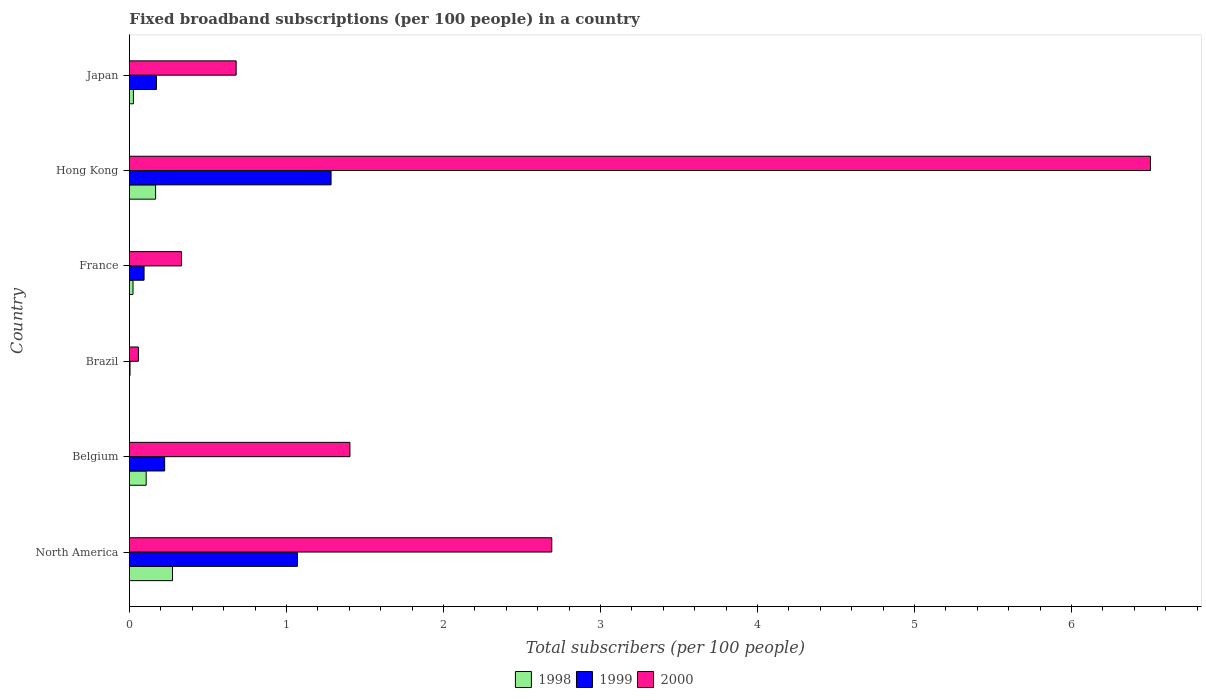
| Country | 1998 | 1999 | 2000 |
 | --- | --- | --- | --- |
 | North America | 0.274 | 1.07 | 2.69 |
 | Belgium | 0.107 | 0.225 | 1.4 |
 | Brazil | 0.00059 | 0.00407 | 0.0573 |
 | France | 0.023 | 0.0934 | 0.332 |
 | Hong Kong | 0.167 | 1.28 | 6.5 |
 | Japan | 0.0255 | 0.172 | 0.68 |